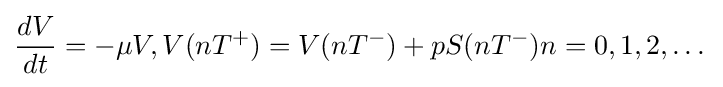
{\frac {dV}{dt}}=-\mu V,V(nT^{+})=V(nT^{-})+pS(nT^{-})n=0,1,2,\dots